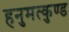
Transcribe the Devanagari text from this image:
हनुमत्कुण्ड